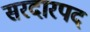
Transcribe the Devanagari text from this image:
सरदारपद